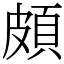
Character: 頗